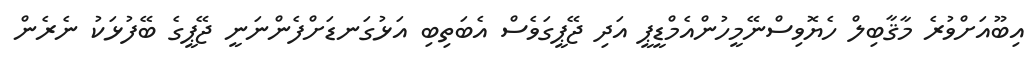
އިބޫއަށްވުރެ މާޤާބިލް ހެޔޮވިސްނޭމީހުންއެމްޑީޕީ އަދި ޖޭޕީގަވެސް އެބަތިބި އަޅުގަނޑަށްފެންނަނީ ޖޭޕީގެ ބޭފުޅަކު ނެރެން